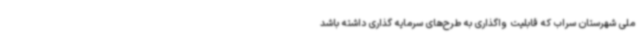
ملی شهرستان سراب که قابلیت واگذاری به طرح‌های سرمایه گذاری داشته باشد